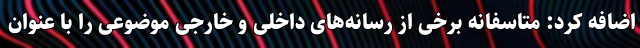
اضافه کرد: متاسفانه برخی از رسانه‌های داخلی و خارجی موضوعی را با عنوان